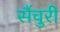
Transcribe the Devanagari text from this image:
सैंचुरी